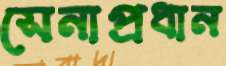
সেনাপ্রধান